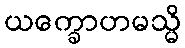
ယက္ခောဟမသ္မိ